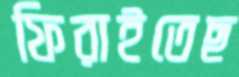
ফিরাইতেছ